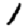
Digit: 1